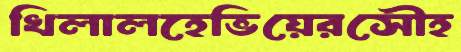
খিলালহেভিয়েরসৌহ